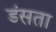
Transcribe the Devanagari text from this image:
डंसता